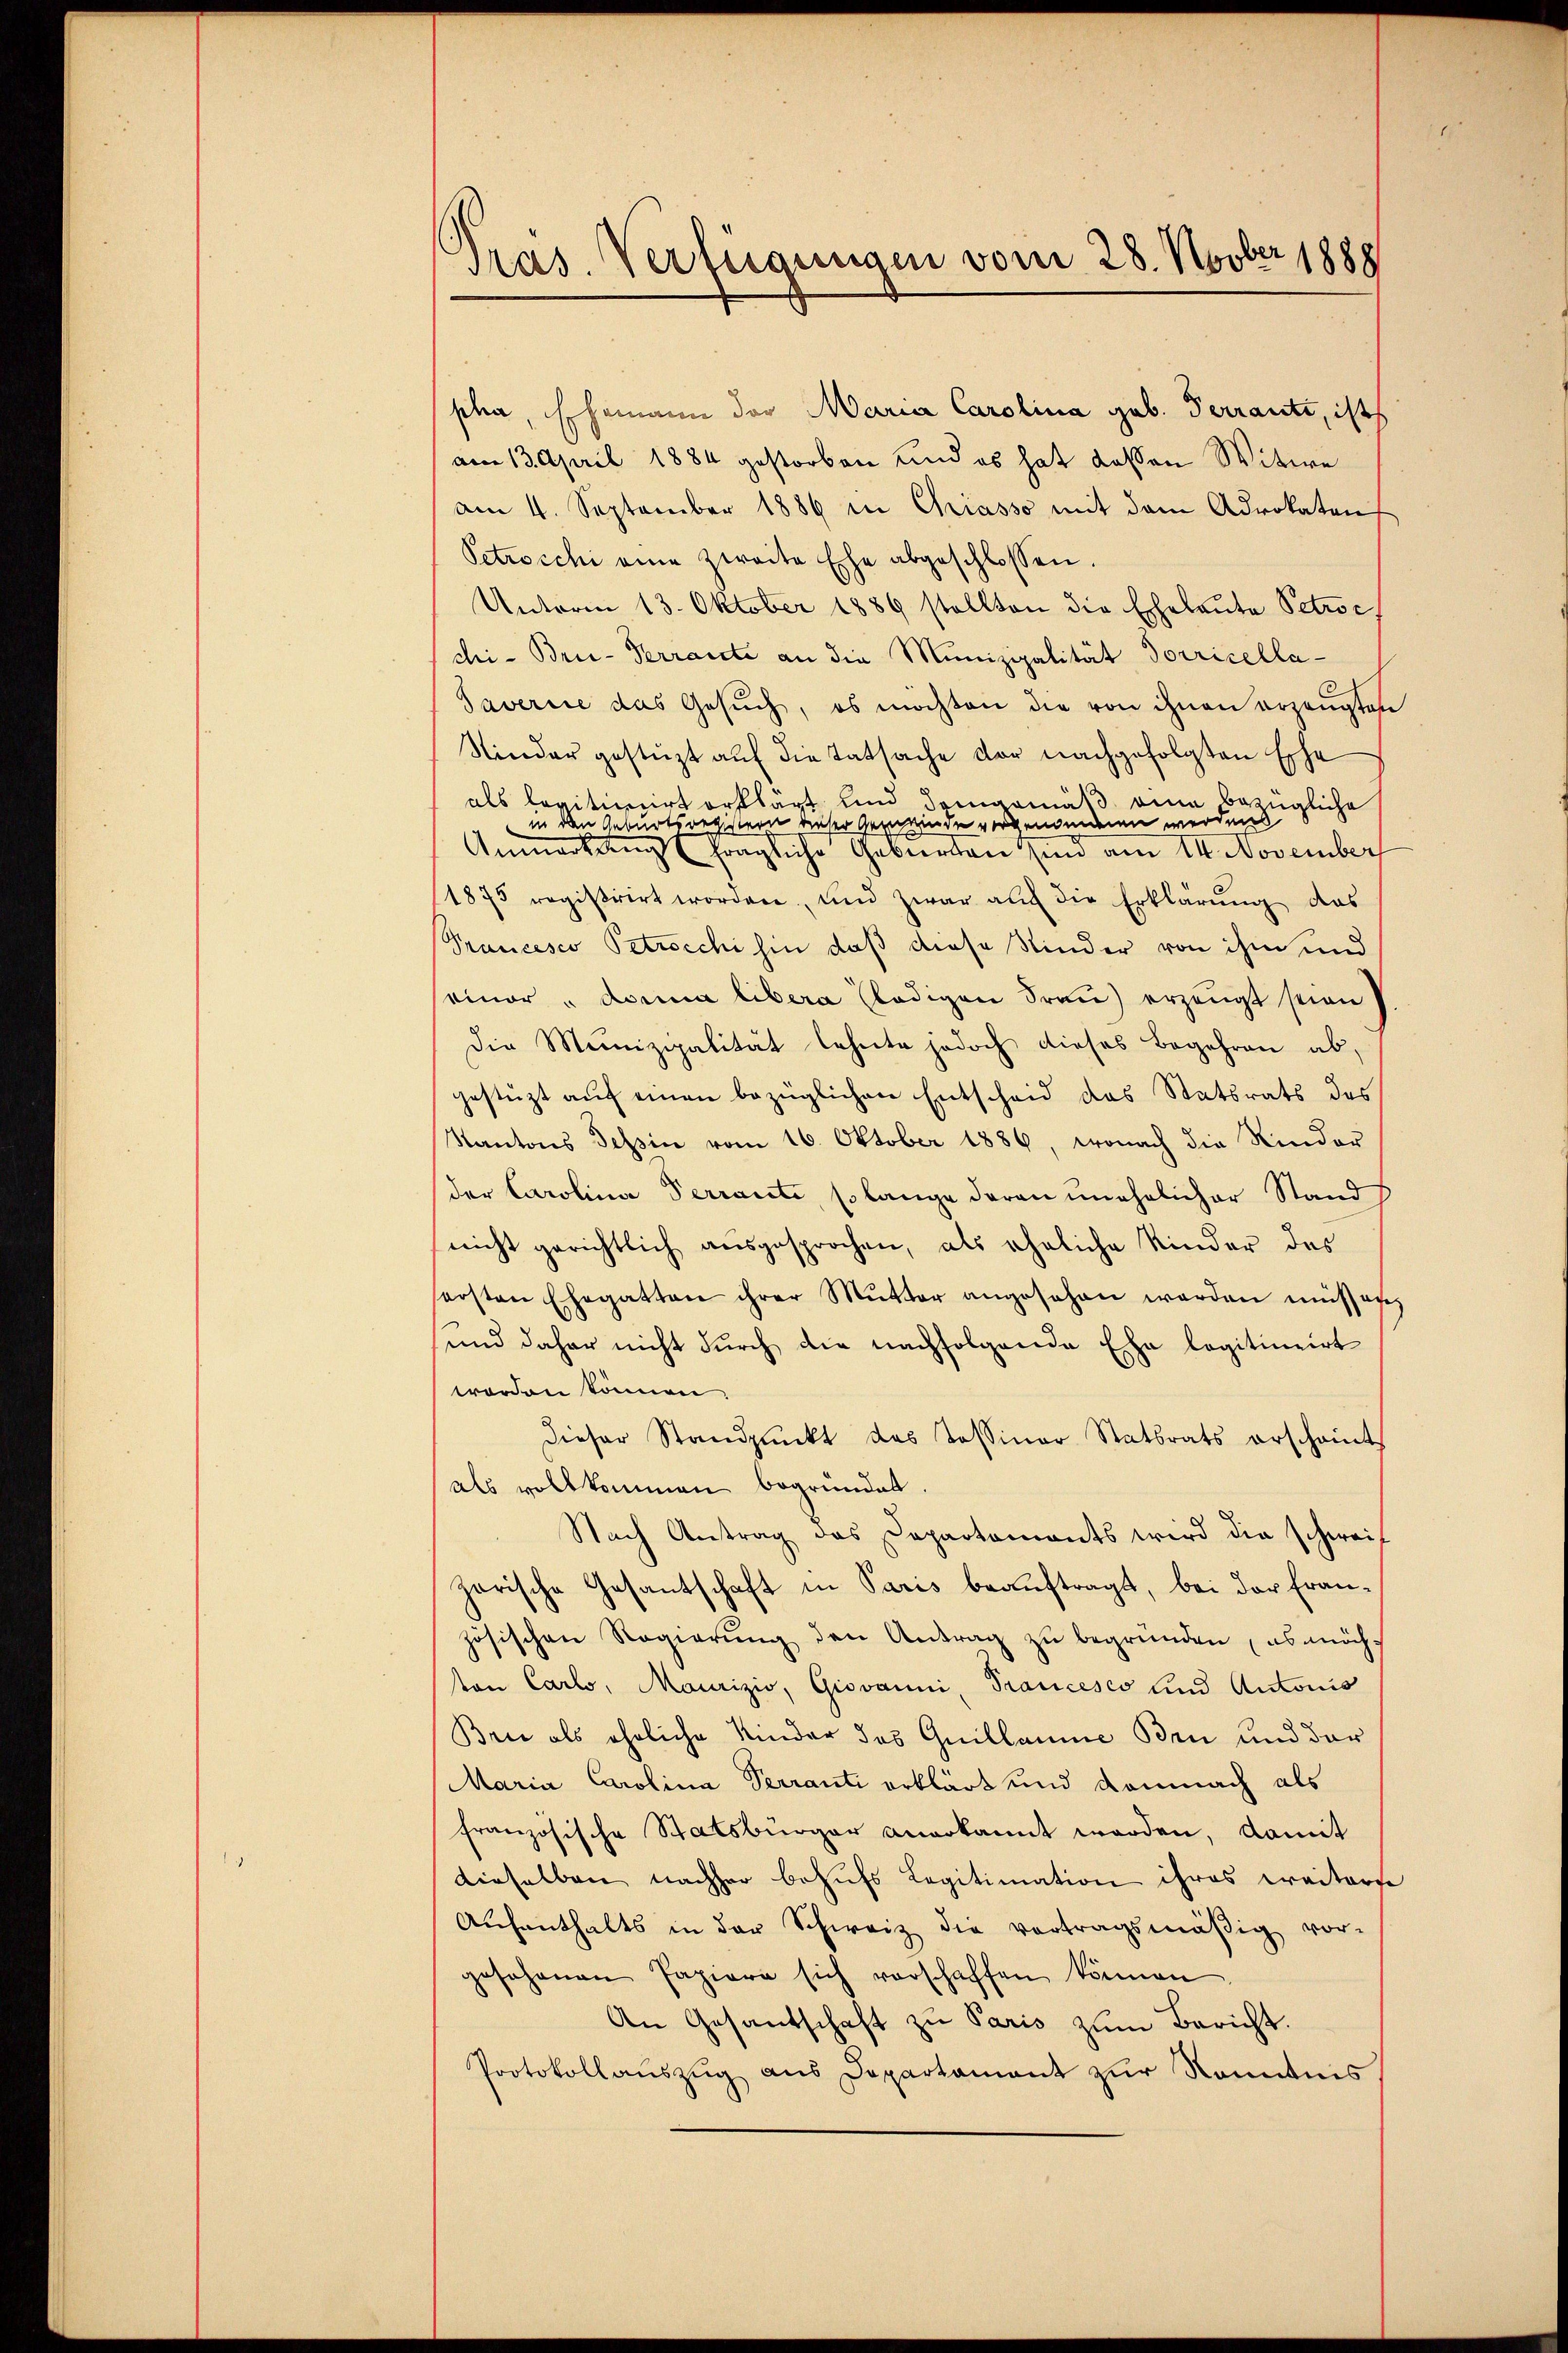
Pras. Verfügungen vom 28. Novber 1888

pha, Ehemann der Maria Carolina geb. Ferranti, ist
am 13. April 1884 gestorben und es hat dassen Witwe
am 4. September 1886 in Chiasso mit dem Advokaten
Petrocchi eine zweite Ehe abgeschlossen.
Unterm 13. Oktober 1889 stellten die Ehebaŭte Petroc
chi- Brie-Terraite an die Munizipalität Torricella¬
Saverire das Gesŭch, es möchten die von ihnen erzeugten
Nieder gestüzt aŭf die Tatsache der nachgefolgten Esche
u
als legitimirt erklärt und demgemäß eine bezügliche
in den Geburtsregistern dieser Gemeinde vorgenommen werden
Anmerkung fragliche Gebierten sind am 14. November
1875 registrirt worden, und zwar auf die Erklärŭng das
Prancesco Petrocchi hin, daß diese Kinder von ihm und
einer „donia libera ledigen Frau erzeugt seien
Die Munizipalität lehnte jedoch dieses Begehren ab,
gestüzt aŭf einen bezüglichen Entscheid das Statsrats des
Kantons Tessin vom 16. Oktober 1886, wonach die Kinder
der Carolina Terrante, so lange daran unehelicher Stand
nicht gerichtlich ausgesprochen, als eheliche Kinder des
ersten Ehegatten ihrer Mŭtter angesehen werden müssen.
und daher nicht durch die nachfolgende Ehe legitimirt
worden können,
dieser Standpunkt des Tessiner Statsrats erscheint
als vollkommen begründet
Nach Antrag das Departements wird die schweis
zarische Gesantschaft in Paris beauftragt, bei der Französischen Regierŭng den Antrag zŭ begründen es möch-
ton Carlo, Maurizio, Giovanni, Trancesco und Antonis
Brie als eheliche Kinder des Guillaume Bei und der
Maria Carolina Verranti erklärt und damnach als
französische Statsbürger anerkannt worden, damit
dieselben nachher behufs Legitimation ihres weiterse
Aŭfenthalts in der Schweiz die vortragsmäßig vor-
gesehenen Papiere sich verschaffen können.
An Gesantschaft zu Paris zŭm Bericht.
Protokollauszug aus Departament zur Nominis